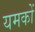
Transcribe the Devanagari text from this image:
यमकों